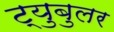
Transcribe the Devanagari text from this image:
ट्युबुलर